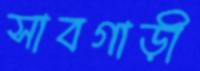
সাবগাড়ী